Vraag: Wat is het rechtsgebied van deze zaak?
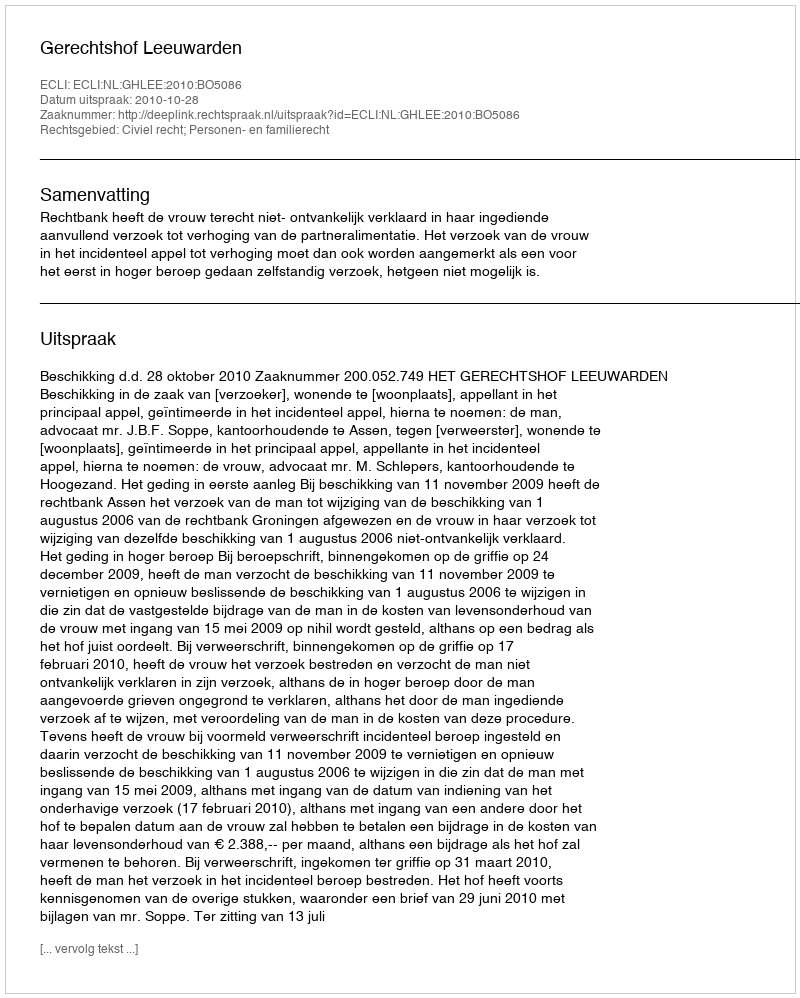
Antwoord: Civiel recht; Personen- en familierecht